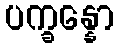
ပက္ခန္နော